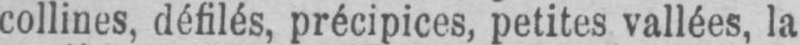
collines, défilés, précipices, petites vallées, la